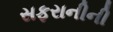
સફરાનીની